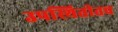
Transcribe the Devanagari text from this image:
उपस्थितीतच